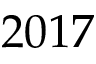
2 0 1 7